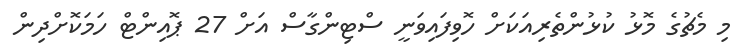
މި މެޗުގެ މޮޅު ކުޅުންތެރިއަކަށް ހޮވިފައިވަނީ ސްޓިންގާސް އަށް 27 ޕޮއިންޓް ހަމަކޮށްދިން